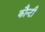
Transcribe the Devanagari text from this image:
कौन्टी